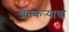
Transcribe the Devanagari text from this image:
शेतकऱ्याचा